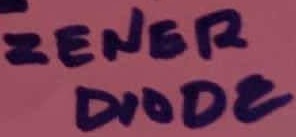
Text: ZENER DIODE